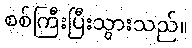
စစ်ကြီးပြီးသွားသည်။